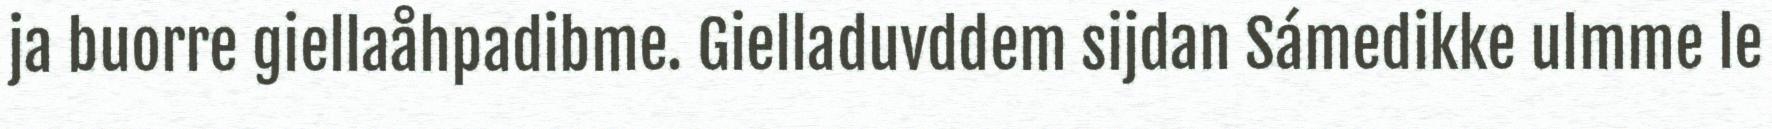
ja buorre giellaåhpadibme. Gielladuvddem sijdan Sámedikke ulmme le